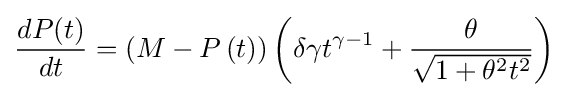
{\frac {dP(t)}{dt}}=\left(M-P\left(t\right)\right)\left(\delta \gamma t^{\gamma -1}+{\frac {\theta }{\sqrt {1+\theta ^{2}t^{2}}}}\right)